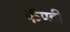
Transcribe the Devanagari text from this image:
फॅण्ड्री